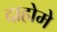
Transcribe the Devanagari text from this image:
दाहोमे